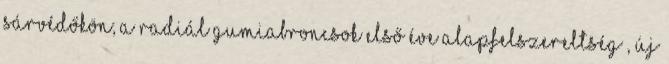
sárvédőkön; a radiál gumiabroncsok első éve alapfelszereltség , új